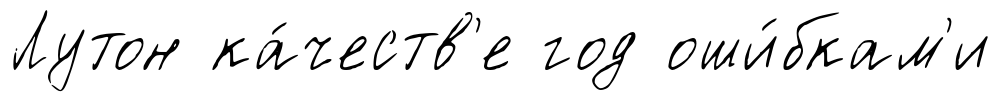
Лутон ка́честв'е год оши́бкам'и